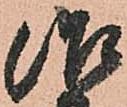
治